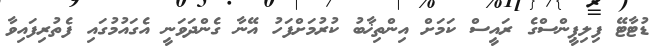
ޑުޓާޓޭ ފިލިޕީންސްގެ ރައީސް ކަމަށް އިންތިޚާބު ކުރުމަށްފަހު އޭނާ ގެންދަވަނީ އެގައުމުގައި ފެތުރިފައިވާ